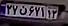
۲۷ن۶۷۱۱۳